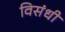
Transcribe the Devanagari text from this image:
विसंधी